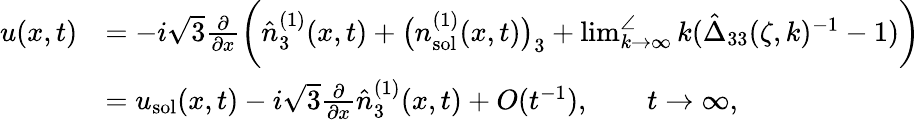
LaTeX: \begin{array}{rl}{u(x,t)}&{=-i\sqrt{3}\frac{\partial}{\partial x}\bigg(\hat{n}_{3}^{(1)}(x,t)+\big(n_{\mathrm{sol}}^{(1)}(x,t)\big)_{3}+\operatorname*{lim}_{k\to\infty}^{\angle}k(\hat{\Delta}_{33}(\zeta,k)^{-1}-1)\bigg)}\\ &{=u_{\mathrm{sol}}(x,t)-i\sqrt{3}\frac{\partial}{\partial x}\hat{n}_{3}^{(1)}(x,t)+O(t^{-1}),\qquad t\to\infty,}\end{array}